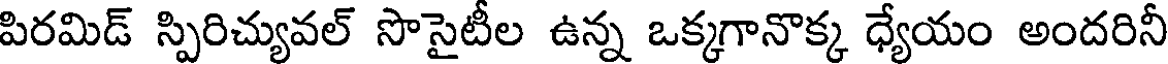
పిరమిడ్ స్పిరిచ్యువల్ సొసైటీల ఉన్న ఒక్కగానొక్క ధ్యేయం అందరినీ